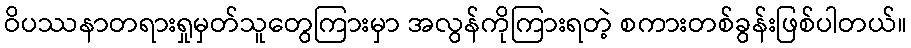
ဝိပဿနာတရားရှုမှတ်သူတွေကြားမှာ အလွန်ကိုကြားရတဲ့ စကားတစ်ခွန်းဖြစ်ပါတယ်။